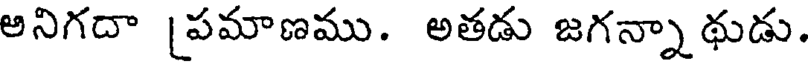
అనిగదా [పమాణము. అతడు జగన్నా థుడు.